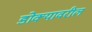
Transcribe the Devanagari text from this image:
डोक्‍यावरील